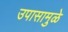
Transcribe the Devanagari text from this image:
उपासामुळे